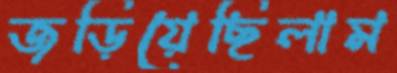
জড়িয়েছিলাম